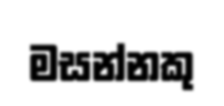
මසන්නකු